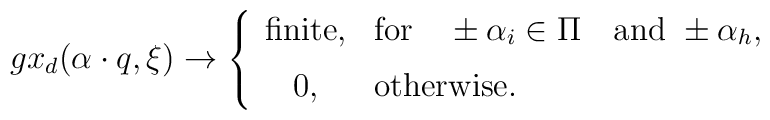
gx_d(\alpha\cdot q,\xi)\to   \left\{   \begin{array}{cl}      \mbox{finite},&      \mbox{for}      \quad      \pm\alpha_i\in\Pi\quad  \mbox{and}\      \pm\alpha_h,\\[6pt]      0,&\mbox{otherwise.}   \end{array}   \right.